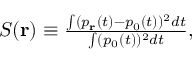
\begin{array} { r } { S ( \mathbf { r } ) \equiv \frac { \int ( p _ { \mathbf { r } } ( t ) - p _ { 0 } ( t ) ) ^ { 2 } d t } { \int ( p _ { 0 } ( t ) ) ^ { 2 } d t } , } \end{array}